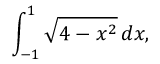
\int _ { - 1 } ^ { 1 } { \sqrt { 4 - x ^ { 2 } } } \, d x ,